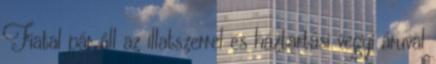
Fiatal pár áll az illatszerrel és háztartási vegyi áruval